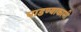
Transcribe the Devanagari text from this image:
पाडण्याकामी